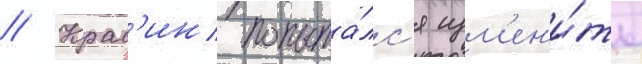
// Крас'ин попыта́лс'я изм'ен'и́ть